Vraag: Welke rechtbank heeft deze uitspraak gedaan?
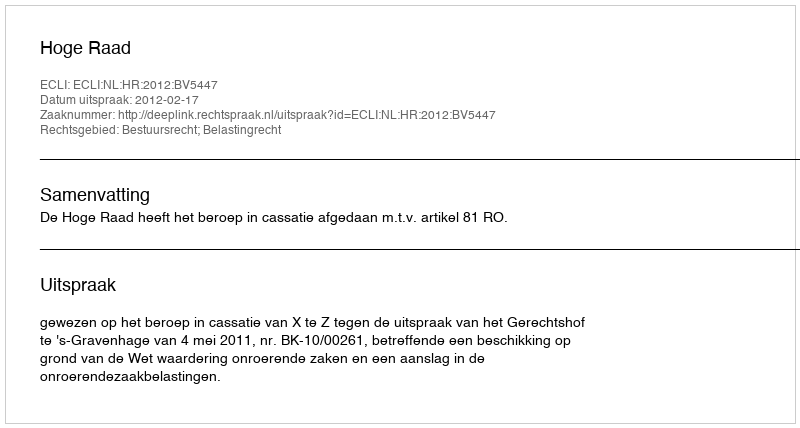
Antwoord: Hoge Raad